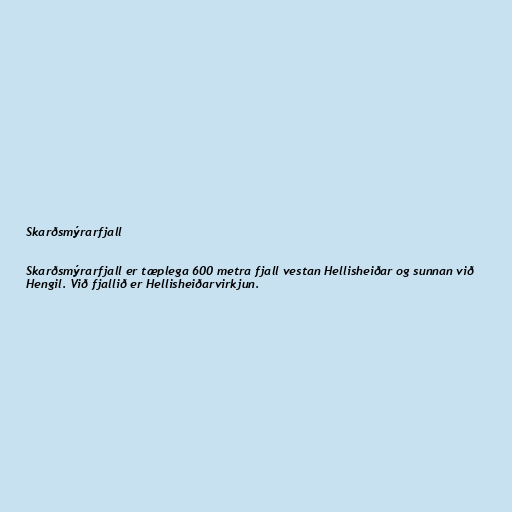
Skarðsmýrarfjall

Skarðsmýrarfjall er tæplega 600 metra fjall vestan Hellisheiðar og sunnan við
Hengil. Við fjallið er Hellisheiðarvirkjun.